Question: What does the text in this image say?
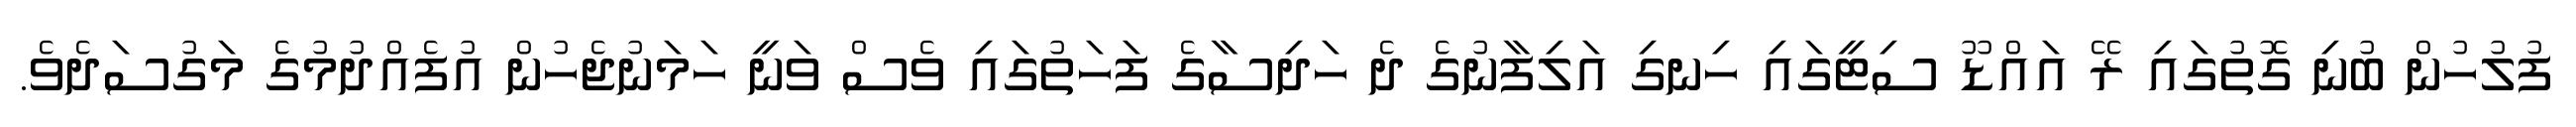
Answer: ފުލުހުން ބުނި ގޮތުގައި ރޭ އައްޑޫ ސިޓީގައި ހިނގި އަލިފާނުގެ ދެ ހަދިސާގެ ފަހަތުގައި ވެސް ވަނީ ހަމަނުޖެހުން އުފެއްދުމުގެ މަގުސަދެވެ.